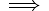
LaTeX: \scriptstyle\implies